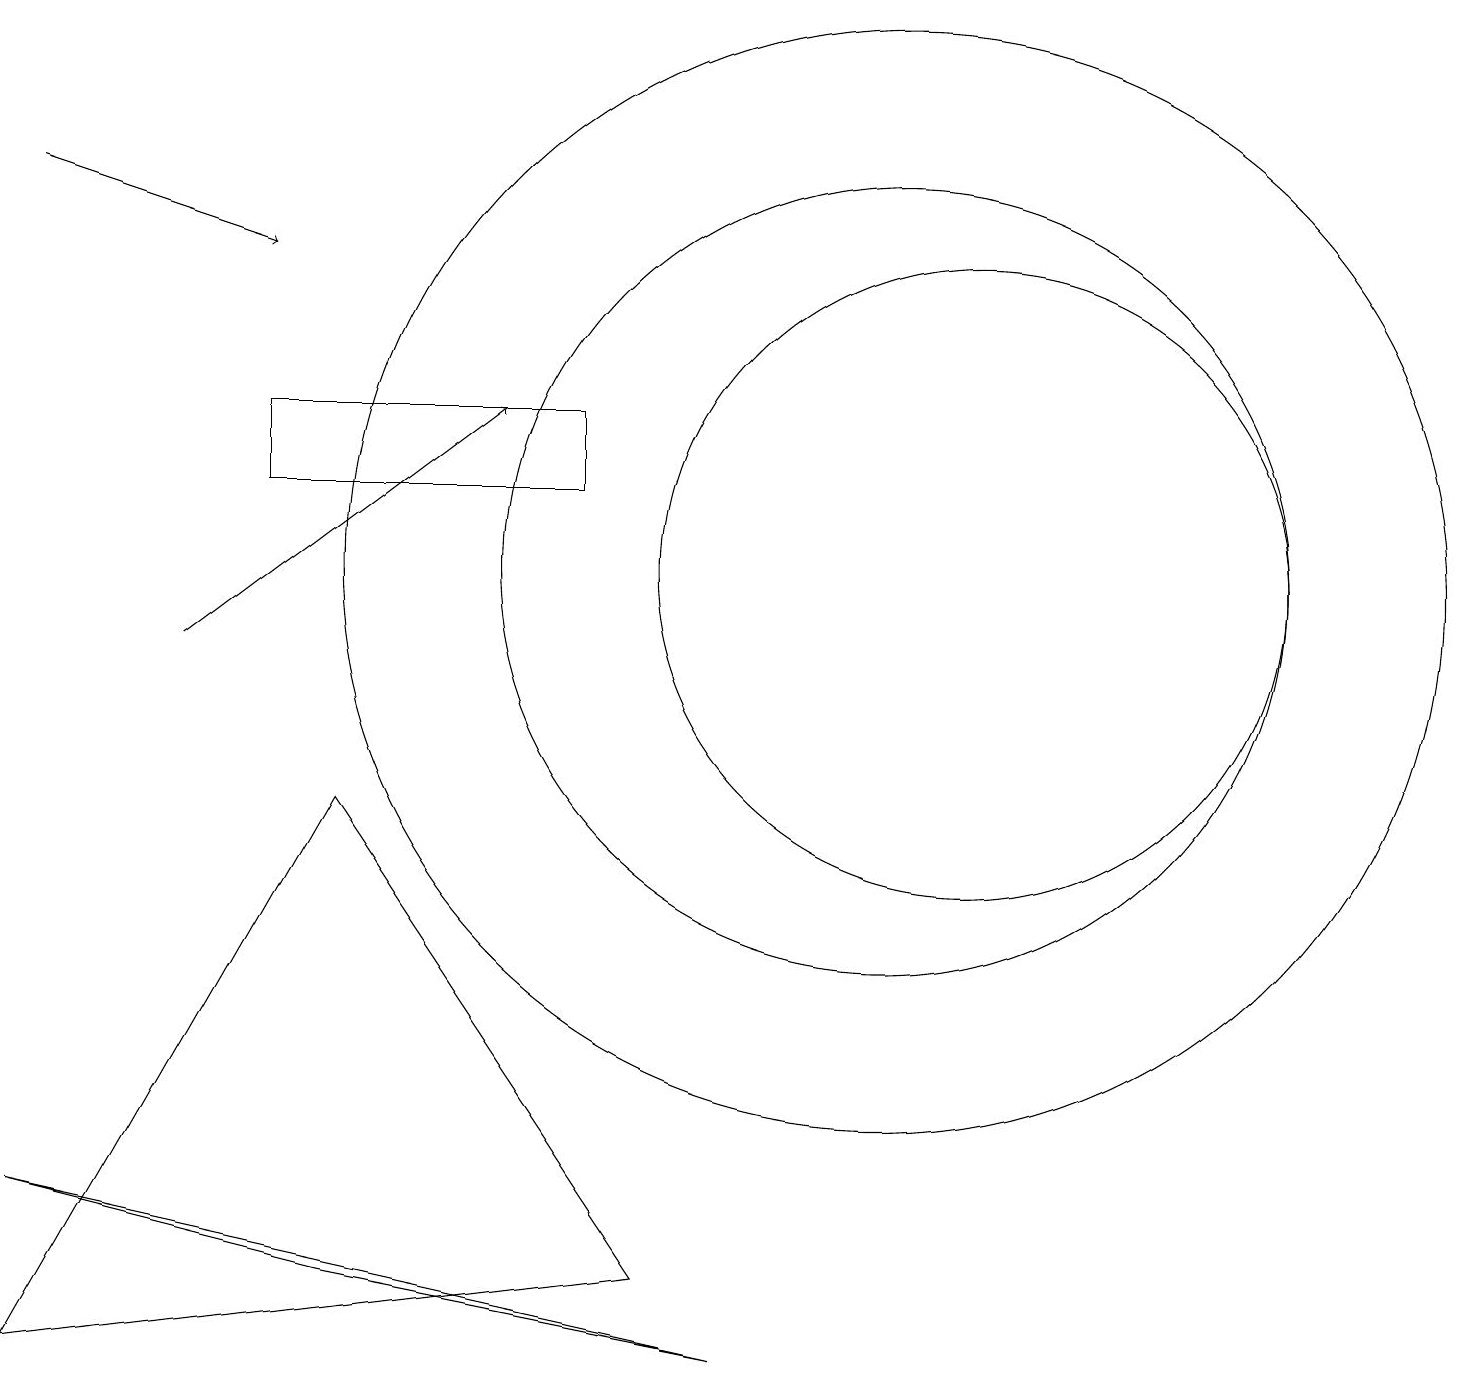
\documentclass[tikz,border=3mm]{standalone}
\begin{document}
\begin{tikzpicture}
\draw[->] (0,16) -- (3,15);
\draw (12,11) circle (4);
\draw[->] (2,10) -- (6,13);
\draw (9,1) -- (0,3) -- (4,2) -- cycle;
\draw (3,13) rectangle (7,12);
\draw (11,11) circle (7);
\draw (4,8) -- (0,1) -- (8,2) -- cycle;
\draw (11,11) circle (5);
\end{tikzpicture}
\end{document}